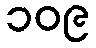
၁၀၉